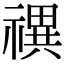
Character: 禩